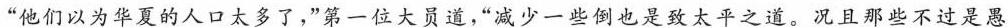
“他们以为华夏的人口太多了,”第一位大员道，“减少一些倒也是致太平之道。况且那些不过是愚